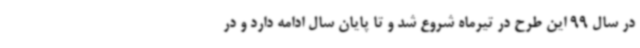
در سال 99 این طرح در تیرماه شروع شد و تا پایان سال ادامه دارد و در